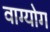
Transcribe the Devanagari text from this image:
वाग्योग